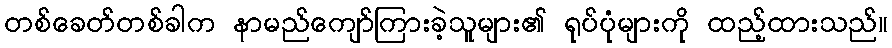
တစ်ခေတ်တစ်ခါက နာမည်ကျော်ကြားခဲ့သူများ၏ ရုပ်ပုံများကို ထည့်ထားသည်။